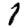
Digit: 1